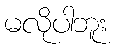
မလိုပါဘူး